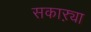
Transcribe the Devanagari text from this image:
सकाऱ्या